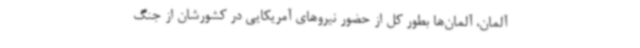
آلمان، آلمان‌ها بطور کل از حضور نیروهای آمریکایی در کشورشان از جنگ